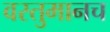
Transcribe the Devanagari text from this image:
वस्तुमानच